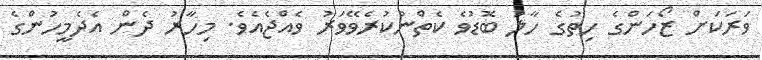
ވަރަކަށް ޒޯހަންގެ ހިތުގެ ހާލު ބޮޑުވެ ކެތްނުކުރެވޭވަރު ވެއްޖެއެވެ. މިހާރު ދެން އެދެމީހުންގެ